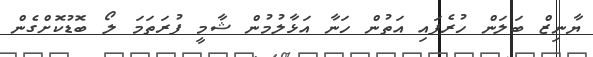
ޔާނިޒް ބަލަން ހުރެެފައި އަތުން ހަނާ އަޅާލުމުން ޝާމީ ފުރަތަމަ ލޯ ބޮޑުކޮށްގެން